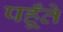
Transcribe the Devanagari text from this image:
पहूँते